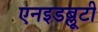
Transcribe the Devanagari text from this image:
एनइडब्लूटी